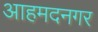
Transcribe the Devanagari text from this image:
आहमदनगर